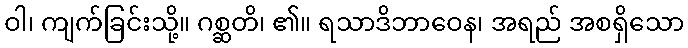
ဝါ၊ ကျက်ခြင်းသို့။ ဂစ္ဆတိ၊ ၏။ ရသာဒိဘာဝေန၊ အရည် အစရှိသော